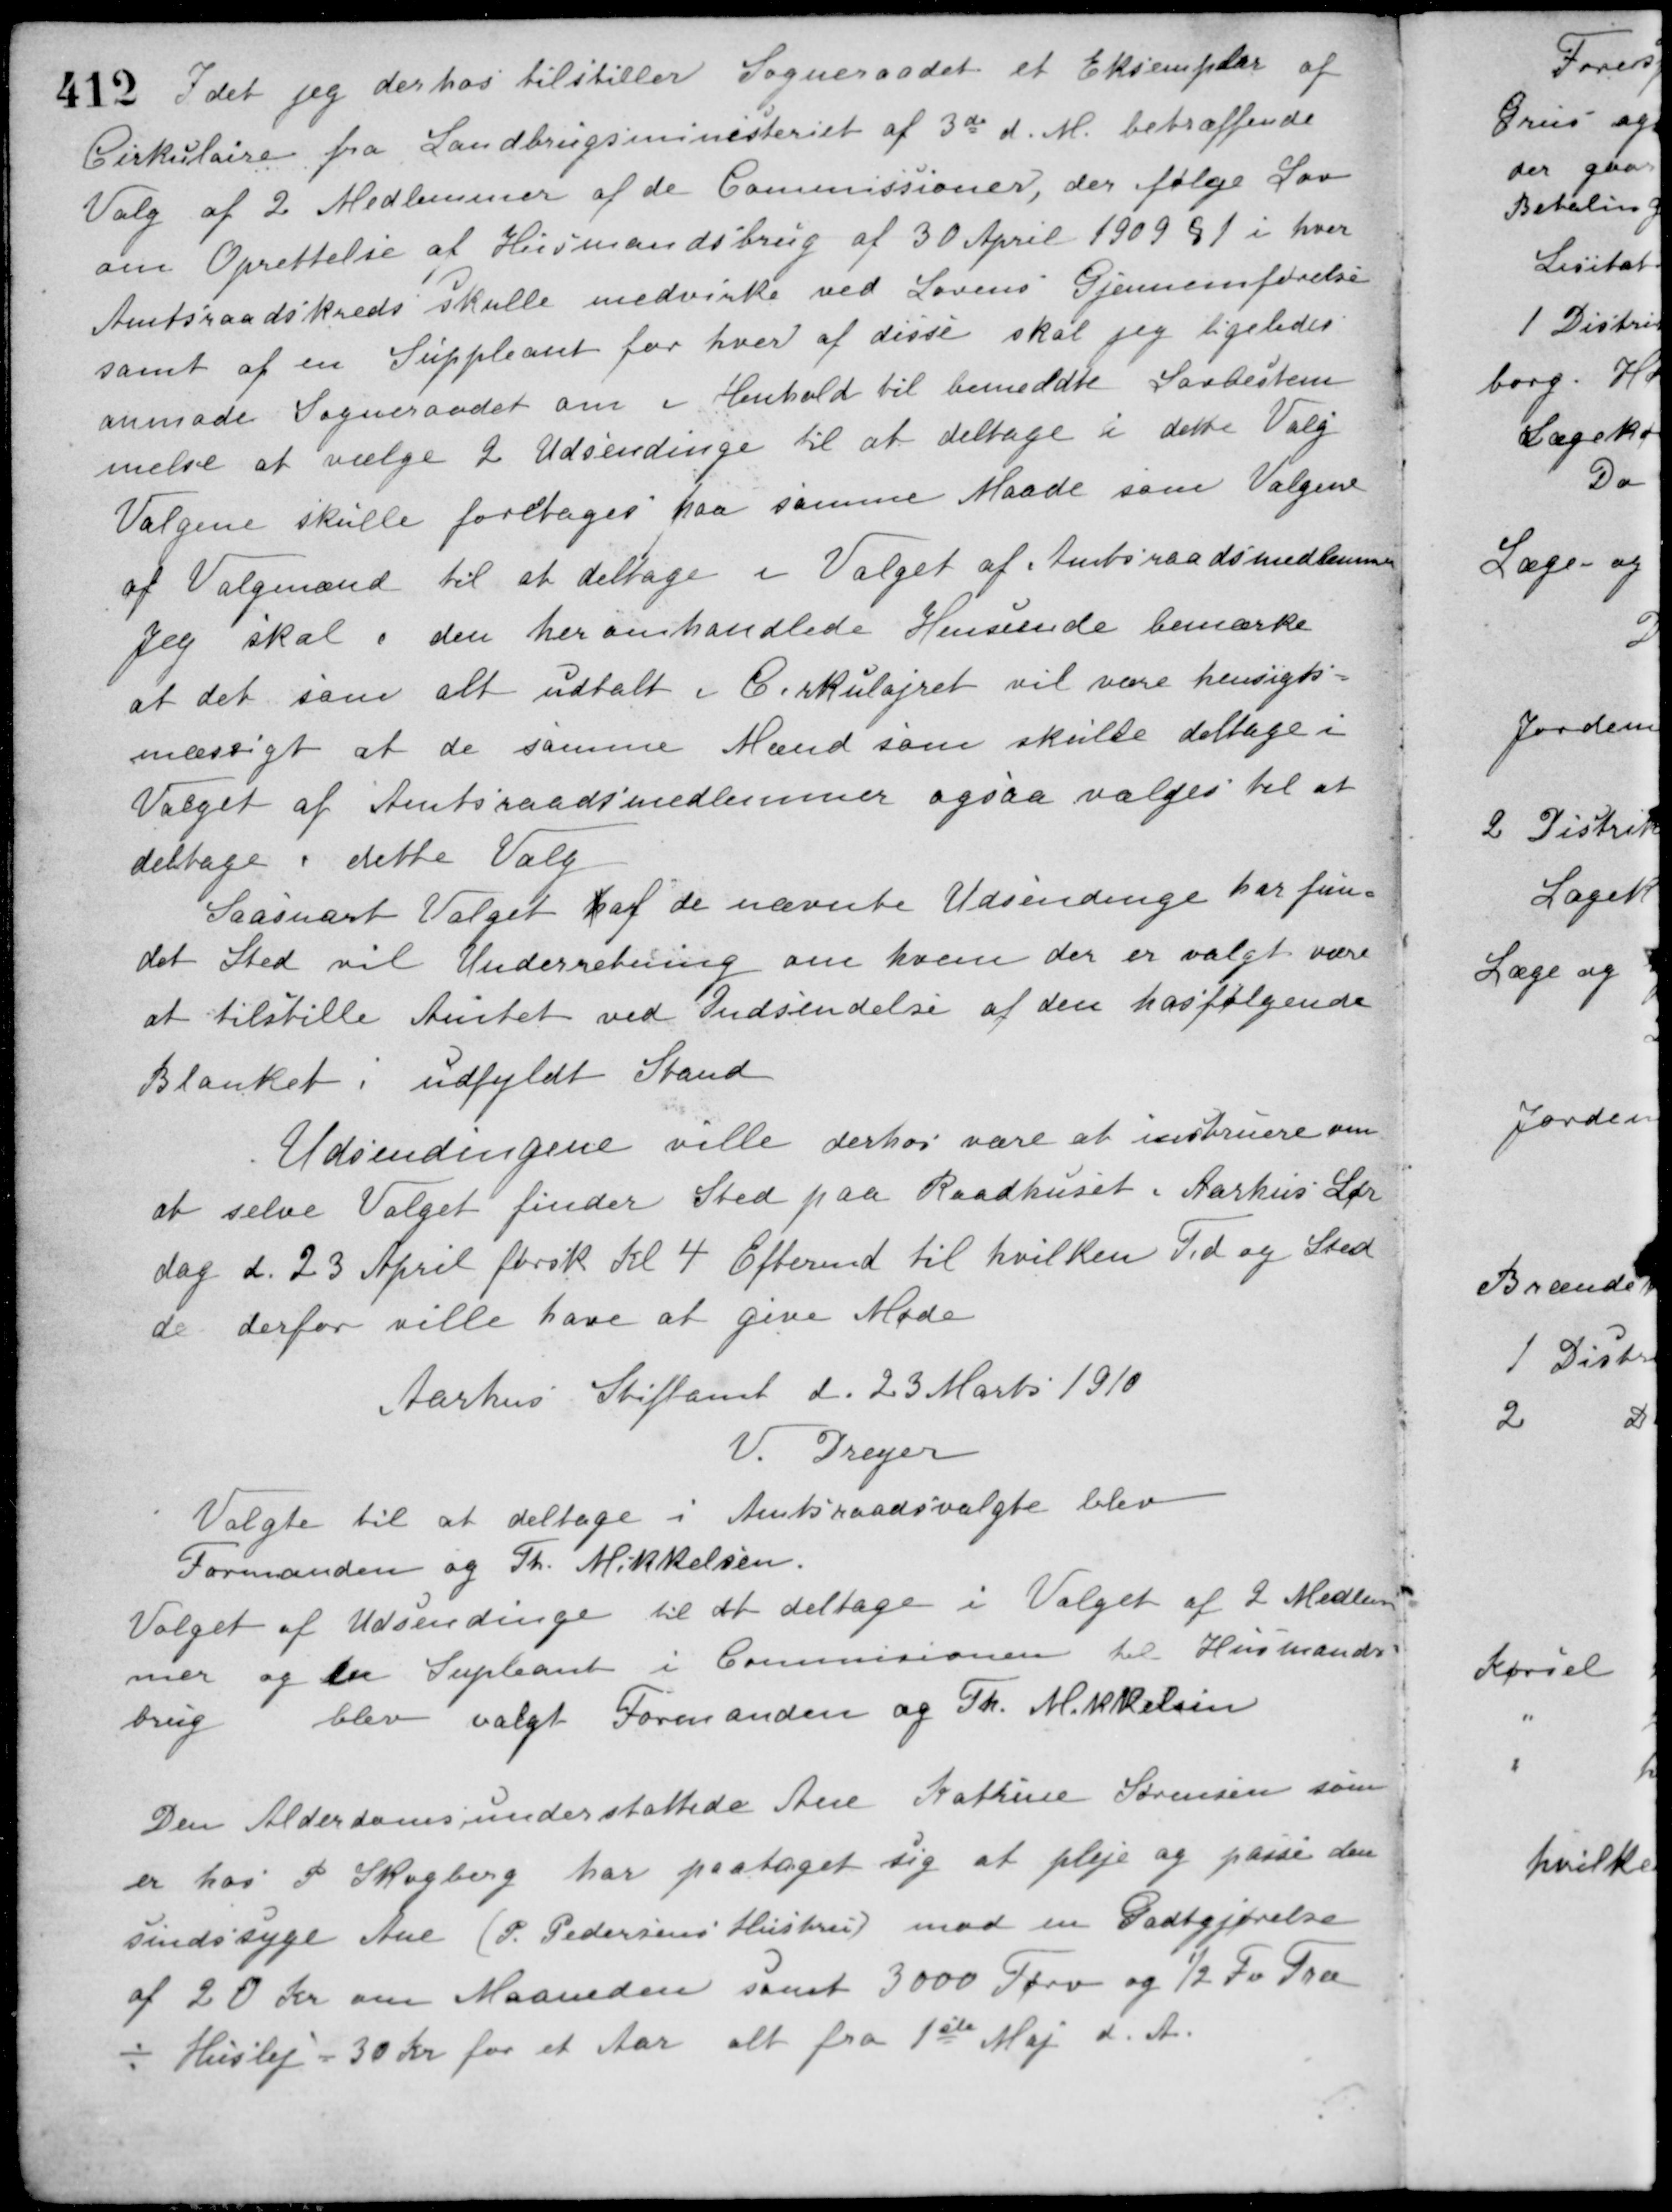
Transskription:
Idet jeg derhos tilstiller Sogneraadet et Eksemplar af
Cirkulære fra Landbrugsministeriet af 3de d. M. betræffende
Valg af 2 Medlemmer af de Commissioner, der følge Lov
om Oprettelse af Husmandsbrug af 30 April 1909 § 1 i hver
Amtsraadskreds skulle medvirke ved Lovens Gjennemførelse
samt af en Suppleant for hver af disse skal jeg ligeledes
anmode Sogneraadet om i Henhold til bemeldte Lovbestem-
melse at vælge 2 Udsendinge til at deltage i dette Valg
Valgene skulle foretages paa samme Maade som Valgene
af Valgmænd til at deltage i Valget af Amtsraadsmedlemmer
Jeg skal i den her omhandlede Henseende bemærke
at det som alt udtalt i Cirkulajret vil være hensigts-
mæssigt at de samme Mænd som skulle deltage i
Valget af Amtsraadsmedlemmer ogsaa vælges til at
deltage i dette Valg
Saasnart Valget af de nævnte Udsendinge har fun-
det Sted vil Underretning om hvem der er valgt være
at tilstille Amtet ved Indsendelse af den hosfølgende
Blanket i udfyldt Stand
Udsendingene ville derhos være at instruere om
at selve Valget finder Sted paa Raadhuset i Aarhus Lør-
dag d. 23 April førstk. Kl 4 Eftermd. til hvilken Tid og Sted
de derfor ville have at give Møde
Aarhus Stiftamt d. 23 Marts 1910
V. Dreyer
Valgte til at deltage i Amtsraadsvalgte blev
Formanden og Th. Mikkelsen
Valget af Udsendinge til at deltage i Valget af 2 Medlem-
mer og en Supleant i Commisionen til Husmands-
brug blev valgt Formanden og Th. Mikkelsen
Den Alderdomsunderstøttede Ane Kathrine Sørensen som
er hos P. Skogberg har paataget sig at pleje og passe den
Sindssyge Ane (P. Pedersens Hustru) mod en Godtgjørelse
af 20 Kr om Maaneden samt 3000 Tørv og ½ Fv. Træ
÷ Husleje - 30 Kr. for et Aar alt fra 1ste Maj d. A.